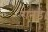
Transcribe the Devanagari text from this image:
रानडे।